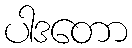
ပါဒတော